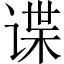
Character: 谍